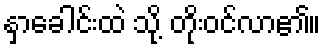
နှာခေါင်းထဲ သို့ တိုးဝင်လာ၏။